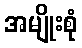
အမျိုးစုံ